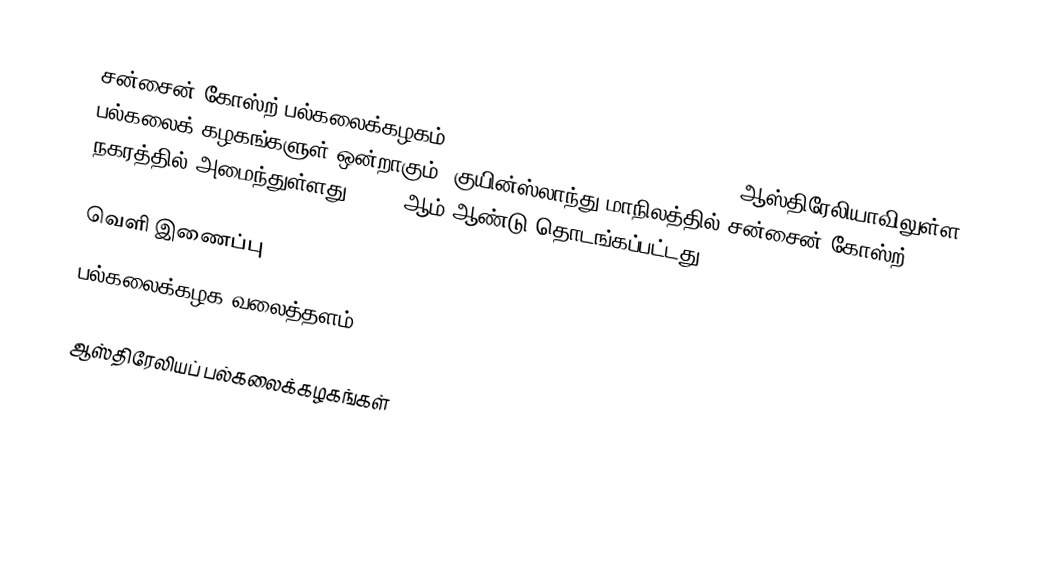
சன்சைன் கோஸ்ற் பல்கலைக்கழகம் (University of the Sunshine Coast) ஆஸ்திரேலியாவிலுள்ள பல்கலைக் கழகங்களுள் ஒன்றாகும். குயின்ஸ்லாந்து மாநிலத்தில் சன்சைன் கோஸ்ற் நகரத்தில் அமைந்துள்ளது. 1996 ஆம் ஆண்டு தொடங்கப்பட்டது.

வெளி இணைப்பு
 பல்கலைக்கழக வலைத்தளம்

ஆஸ்திரேலியப் பல்கலைக்கழகங்கள்